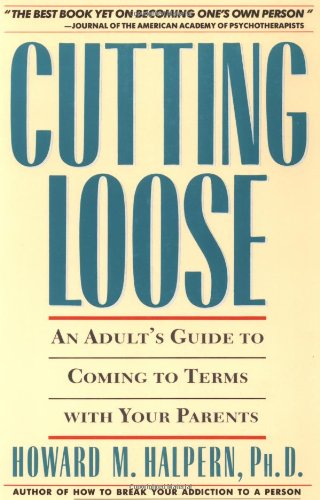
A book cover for Cutting Loose: An Adult's Guide to Coming to Terms with Your Parents; Howard Halpern; Parenting & Relationships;